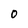
Character: 0